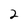
Character: 2